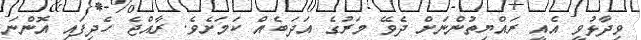
ވިދާޅުވީ އެއީ ރައްޔިތުންނަށް ދެވޭ މަރުގެ އަދަބެއް ކަމަށެވެ. ރާއްޖެ ހެދިފައި އޮންނަ